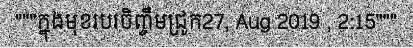
"""ក្នុងមុខរបរចិញ្ចឹមជ្រូក27, Aug 2019 , 2:15"""